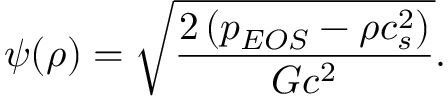
\psi ( \rho ) = \sqrt { \frac { 2 \left( p _ { E O S } - \rho c _ { s } ^ { 2 } \right) } { G c ^ { 2 } } } .